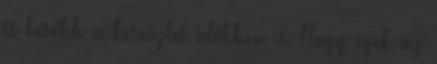
és később a keresztes időkben is. Hogy ezek az